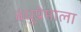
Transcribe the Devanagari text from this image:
बंधुप्रेमाला